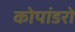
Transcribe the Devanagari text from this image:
कोपांडरो